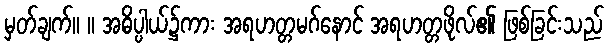
မှတ်ချက်။ ။ အဓိပ္ပါယ်၌ကား အရဟတ္တမဂ်နောင် အရဟတ္တဖိုလ်၏ ဖြစ်ခြင်းသည်